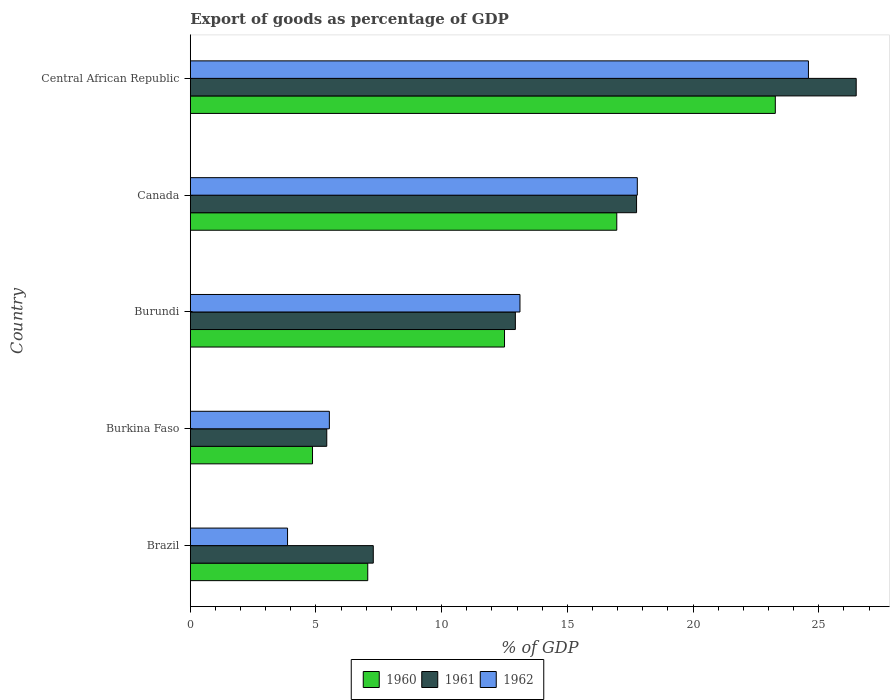
| Country | 1960 | 1961 | 1962 |
 | --- | --- | --- | --- |
 | Brazil | 7.06 | 7.28 | 3.87 |
 | Burkina Faso | 4.86 | 5.43 | 5.53 |
 | Burundi | 12.5 | 12.9 | 13.1 |
 | Canada | 17 | 17.8 | 17.8 |
 | Central African Republic | 23.3 | 26.5 | 24.6 |